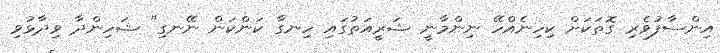
އިންސާފުވެރި ގޮތަކަށް ކިހިނެއްހޭ ނިންމާނީ ޝަރީއަތުގައި ހިނގާ ކަންކަން ނޭނގި" ޝަހިންދާ ވިދާޅުވި